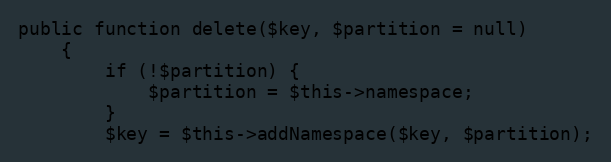
Language: PHP
public function delete($key, $partition = null)
    {
        if (!$partition) {
            $partition = $this->namespace;
        }
        $key = $this->addNamespace($key, $partition);